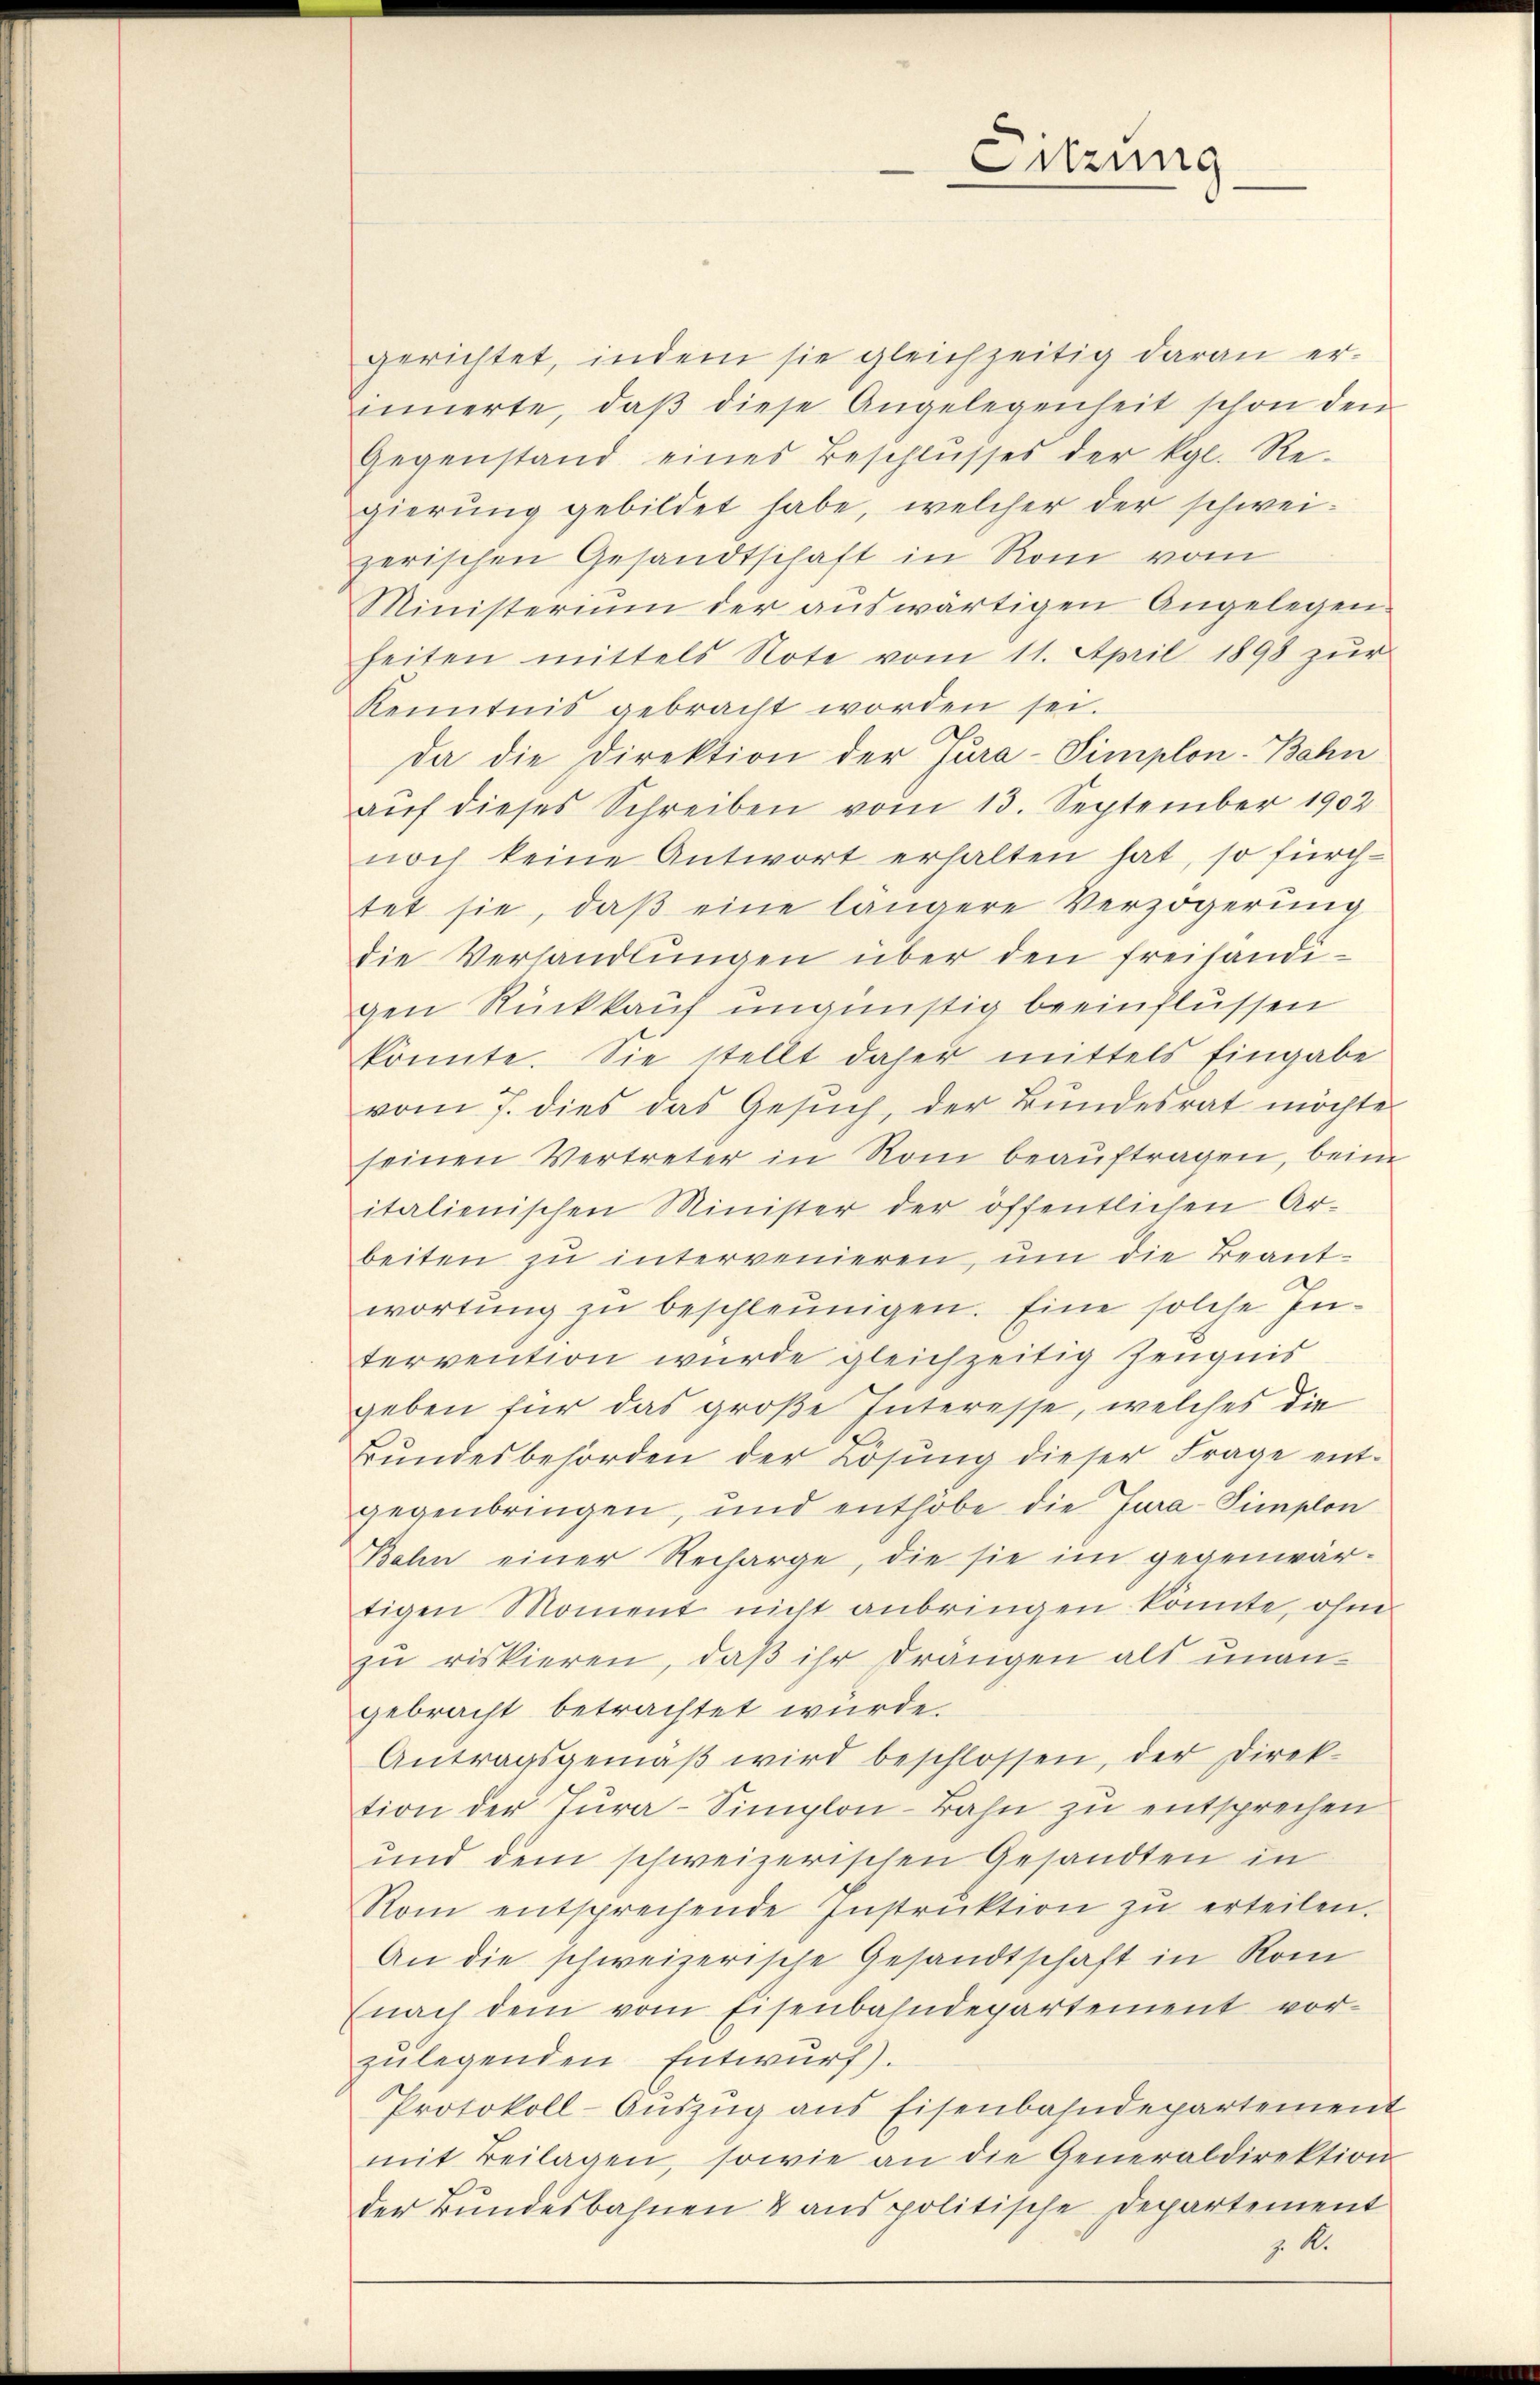
gerichtet, indem sie gleichzeitig daran erinnerte, daβ diese Angelegenheit schon den
Gegenstand eines Beschlŭsses der kgl. Re-
gierŭng gebildet habe, welcher der schwei-
zerischen Gesandtschaft in Rom vom
Ministerium der aŭswärtigen Angelegen.
heiten mittels Note vom 11. April 1898 zur
Kenntnis gebracht worden sei.
da die Direktion der Jura-Simplon Bahn
aŭf dieses Schreiben vom 13. September 1902
noch keine Antwort erhalten hat, so fürch-
tet sie, daβ eine längere Verzögerung
die Verhandlungen über den freihändigen Rückkauf ungünstig beeinflüssen
könnte. Sie stellt daher mittels Eingabe
vom 7. dies das Gesŭch, der Bundesrat möchte
seinen Vertreter in Rom beauftragen, beim
italienischen Minister der öffentlichen Ar-
beiten zu intervenieren, um die Beantwortŭng zŭ beschleunigen. Eine solche Intervention wurde gleichzeitig Zeugnis
geben für das große Interesse, welches die
Bŭndesbehörden der Lösung dieser Frage ent-
gegenbringen, und enthobe die Jura-Simplon
Bahn einer Recharge, die sie im gegenwärtigen Moment nicht anbringen könnte, ohne
zu riskieren, daß ihr drangen als unangebracht betrachtet würde.
Antragsgemäβ wird beschlossen, der Direk-
tion der Jura-Simplon-Bahn zu entsprechen
und dem schweizerischen Gesandten in
Rom entsprechende Instrŭktion zŭ erteilen.
An die schweizerische Gesandtschaft in Rom
(nach dem vom Eisenbahndepartement vor-
zulegenden Entwurf).
Protokoll-Aŭszŭg ans Eisenbahndepartement
mit Beilagen, sowie an die Generaldirektion
der Bundesbahnen & aus politische Departement
z. M.

Sitzung